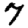
Digit: 7